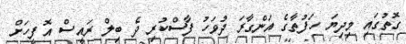
ގޮތުގައި މިދިޔަ ހަފުތާގެ އަންގާރަ ދުވަހު ފާސްކުރި ދެ ބިލް ރައީސް އޮފީހަށް